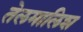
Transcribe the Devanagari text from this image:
तेलमालिश